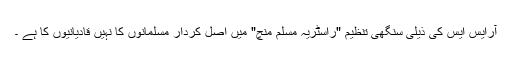
آرایس ایس کی ذیلی سنگھی تنظیم "راسٹریہ مسلم منچ" میں اصل کردار مسلمانوں کا نہیں قادیانیوں کا ہے ۔